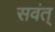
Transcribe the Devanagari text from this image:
सवंत्‌